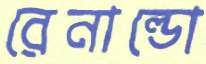
রেনাল্ডো